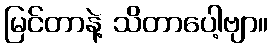
မြင်တာနဲ့ သိတာပေါ့ဗျာ။